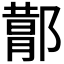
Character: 𬪕